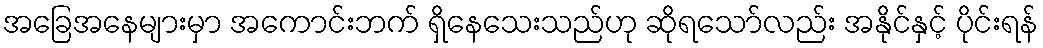
အခြေအနေများမှာ အကောင်းဘက် ရှိနေသေးသည်ဟု ဆိုရသော်လည်း အနိုင်နှင့် ပိုင်းရန်